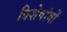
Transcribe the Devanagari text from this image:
विशेषांगों